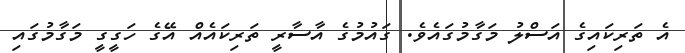
އެ ތަރިކައިގެ އަސްލު މަގާމުގައެވެ. ގައުމުގެ އާސާރީ ތަރިކައެއް އޭގެ ހަގީގީ މަގާމުގައި